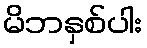
မိဘနှစ်ပါး